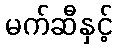
မက်ဆီနှင့်